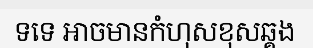
ទទេ អាចមានកំហុសខុសឆ្គង